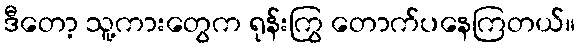
ဒီတော့ သူ့ကားတွေက ရုန်းကြွ တောက်ပနေကြတယ်။